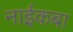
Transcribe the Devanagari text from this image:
नाईकबा